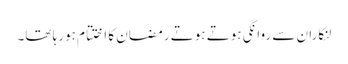
لنکاران سے روانگی ہوتے ہوتے رمضان کا اختتام ہورہا تھا۔